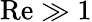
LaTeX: \mathrm{Re}\gg 1